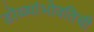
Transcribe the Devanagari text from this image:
डोळ्यांभोवतिची